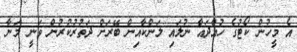
އެ މީހުން ކޯޓުގެ ހުއްދައާ ނުލައި ލަންކާއިން ބޭރަށް ދަތުރުކުރުން ވަނީ މަނާ